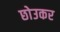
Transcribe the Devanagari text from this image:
छोउकर